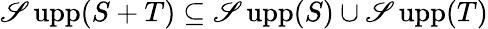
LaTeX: \operatorname{\mathscr{S}upp}(S+T)\subseteq\operatorname{\mathscr{S}upp}(S)\cup\operatorname{\mathscr{S}upp}(T)